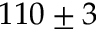
1 1 0 \pm 3